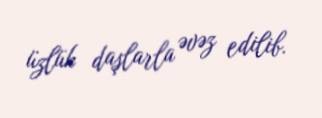
üzlük daşlarla əvəz edilib.